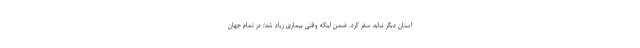
استان دیگر نباید سفر کرد. ضمن اینکه وقتی بیماری زیاد شد؛ در تمام جهان